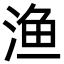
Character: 渔